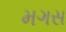
મગસ